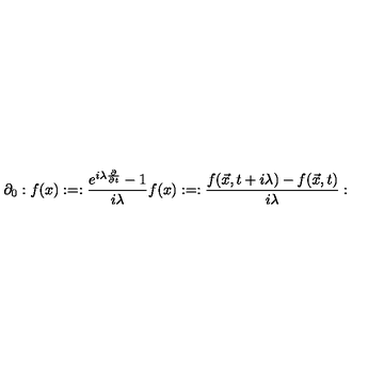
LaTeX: \partial _ { 0 } : f ( x ) : = : \frac { e ^ { i \lambda { \frac { \partial } { \partial t } } } - 1 } { i \lambda } f ( x ) : = : \frac { f ( \vec { x } , t + i \lambda ) - f ( \vec { x } , t ) } { i \lambda } :